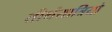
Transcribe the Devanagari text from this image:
तीर्थयात्रियो